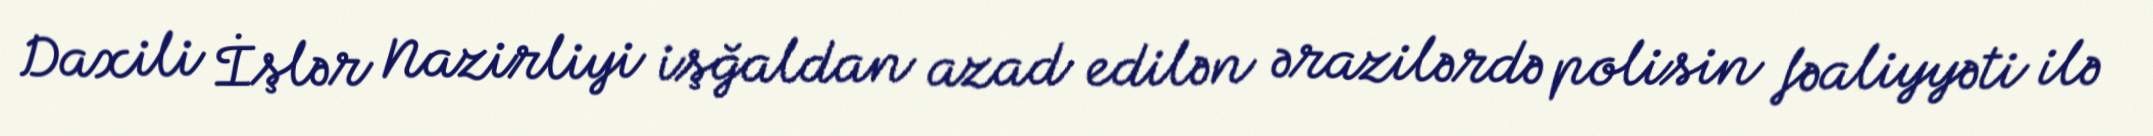
Daxili İşlər Nazirliyi işğaldan azad edilən ərazilərdə polisin fəaliyyəti ilə